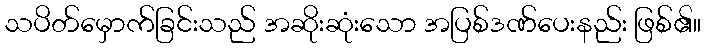
သပိတ်မှောက်ခြင်းသည် အဆိုးဆုံးသော အပြစ်ဒဏ်ပေးနည်း ဖြစ်၏။